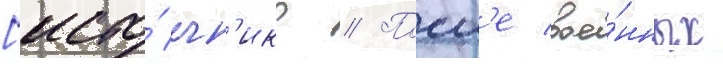
[исто́чн'ик? // Посл'е вое́нных